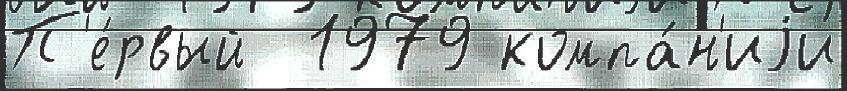
П'е́рвый  1979 компа́н'иjи